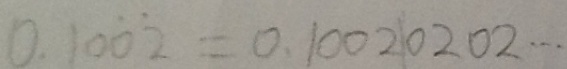
0 . 1 0 \dot { 0 } \dot { 2 } = 0 . 1 0 0 2 0 2 0 2 \cdots